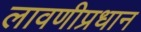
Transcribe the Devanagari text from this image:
लावणीप्रधान